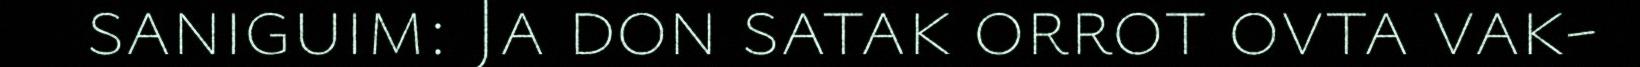
saniguim: Ja don satak orrot ovta vak-